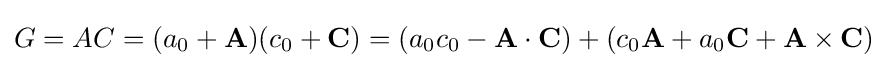
G=AC=(a_{0}+\mathbf {A} )(c_{0}+\mathbf {C} )=(a_{0}c_{0}-\mathbf {A} \cdot \mathbf {C} )+(c_{0}\mathbf {A} +a_{0}\mathbf {C} +\mathbf {A} \times \mathbf {C} )